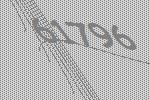
61796